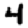
Digit: 4